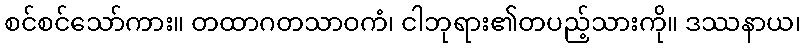
စင်စင်သော်ကား။ တထာဂတသာဝကံ၊ ငါဘုရား၏တပည့်သားကို။ ဒဿနာယ၊